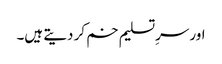
اور سرِتسلیم خم کر دیتے ہیں۔